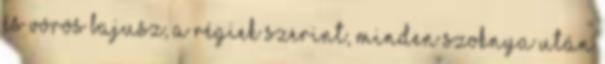
és vörös bajusz, a régiek szerint, minden szoknya után